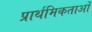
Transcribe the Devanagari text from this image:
प्रार्थमिकताओं